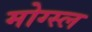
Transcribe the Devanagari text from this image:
मोग्स्ल